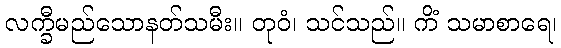
လက္ခီမည်သောနတ်သမီး။ တုဝံ၊ သင်သည်။ ကိံ သမာစာရေ၊